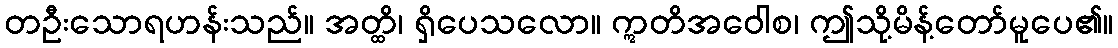
တဦးသောရဟန်းသည်။ အတ္ထိ၊ ရှိပေသလော။ ဣတိအဝေါစ၊ ဤသို့မိန့်တော်မူပေ၏။